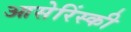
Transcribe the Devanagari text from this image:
आसेरिंस्की